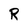
Character: R